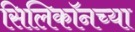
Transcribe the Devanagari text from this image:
सिलिकॉनच्या